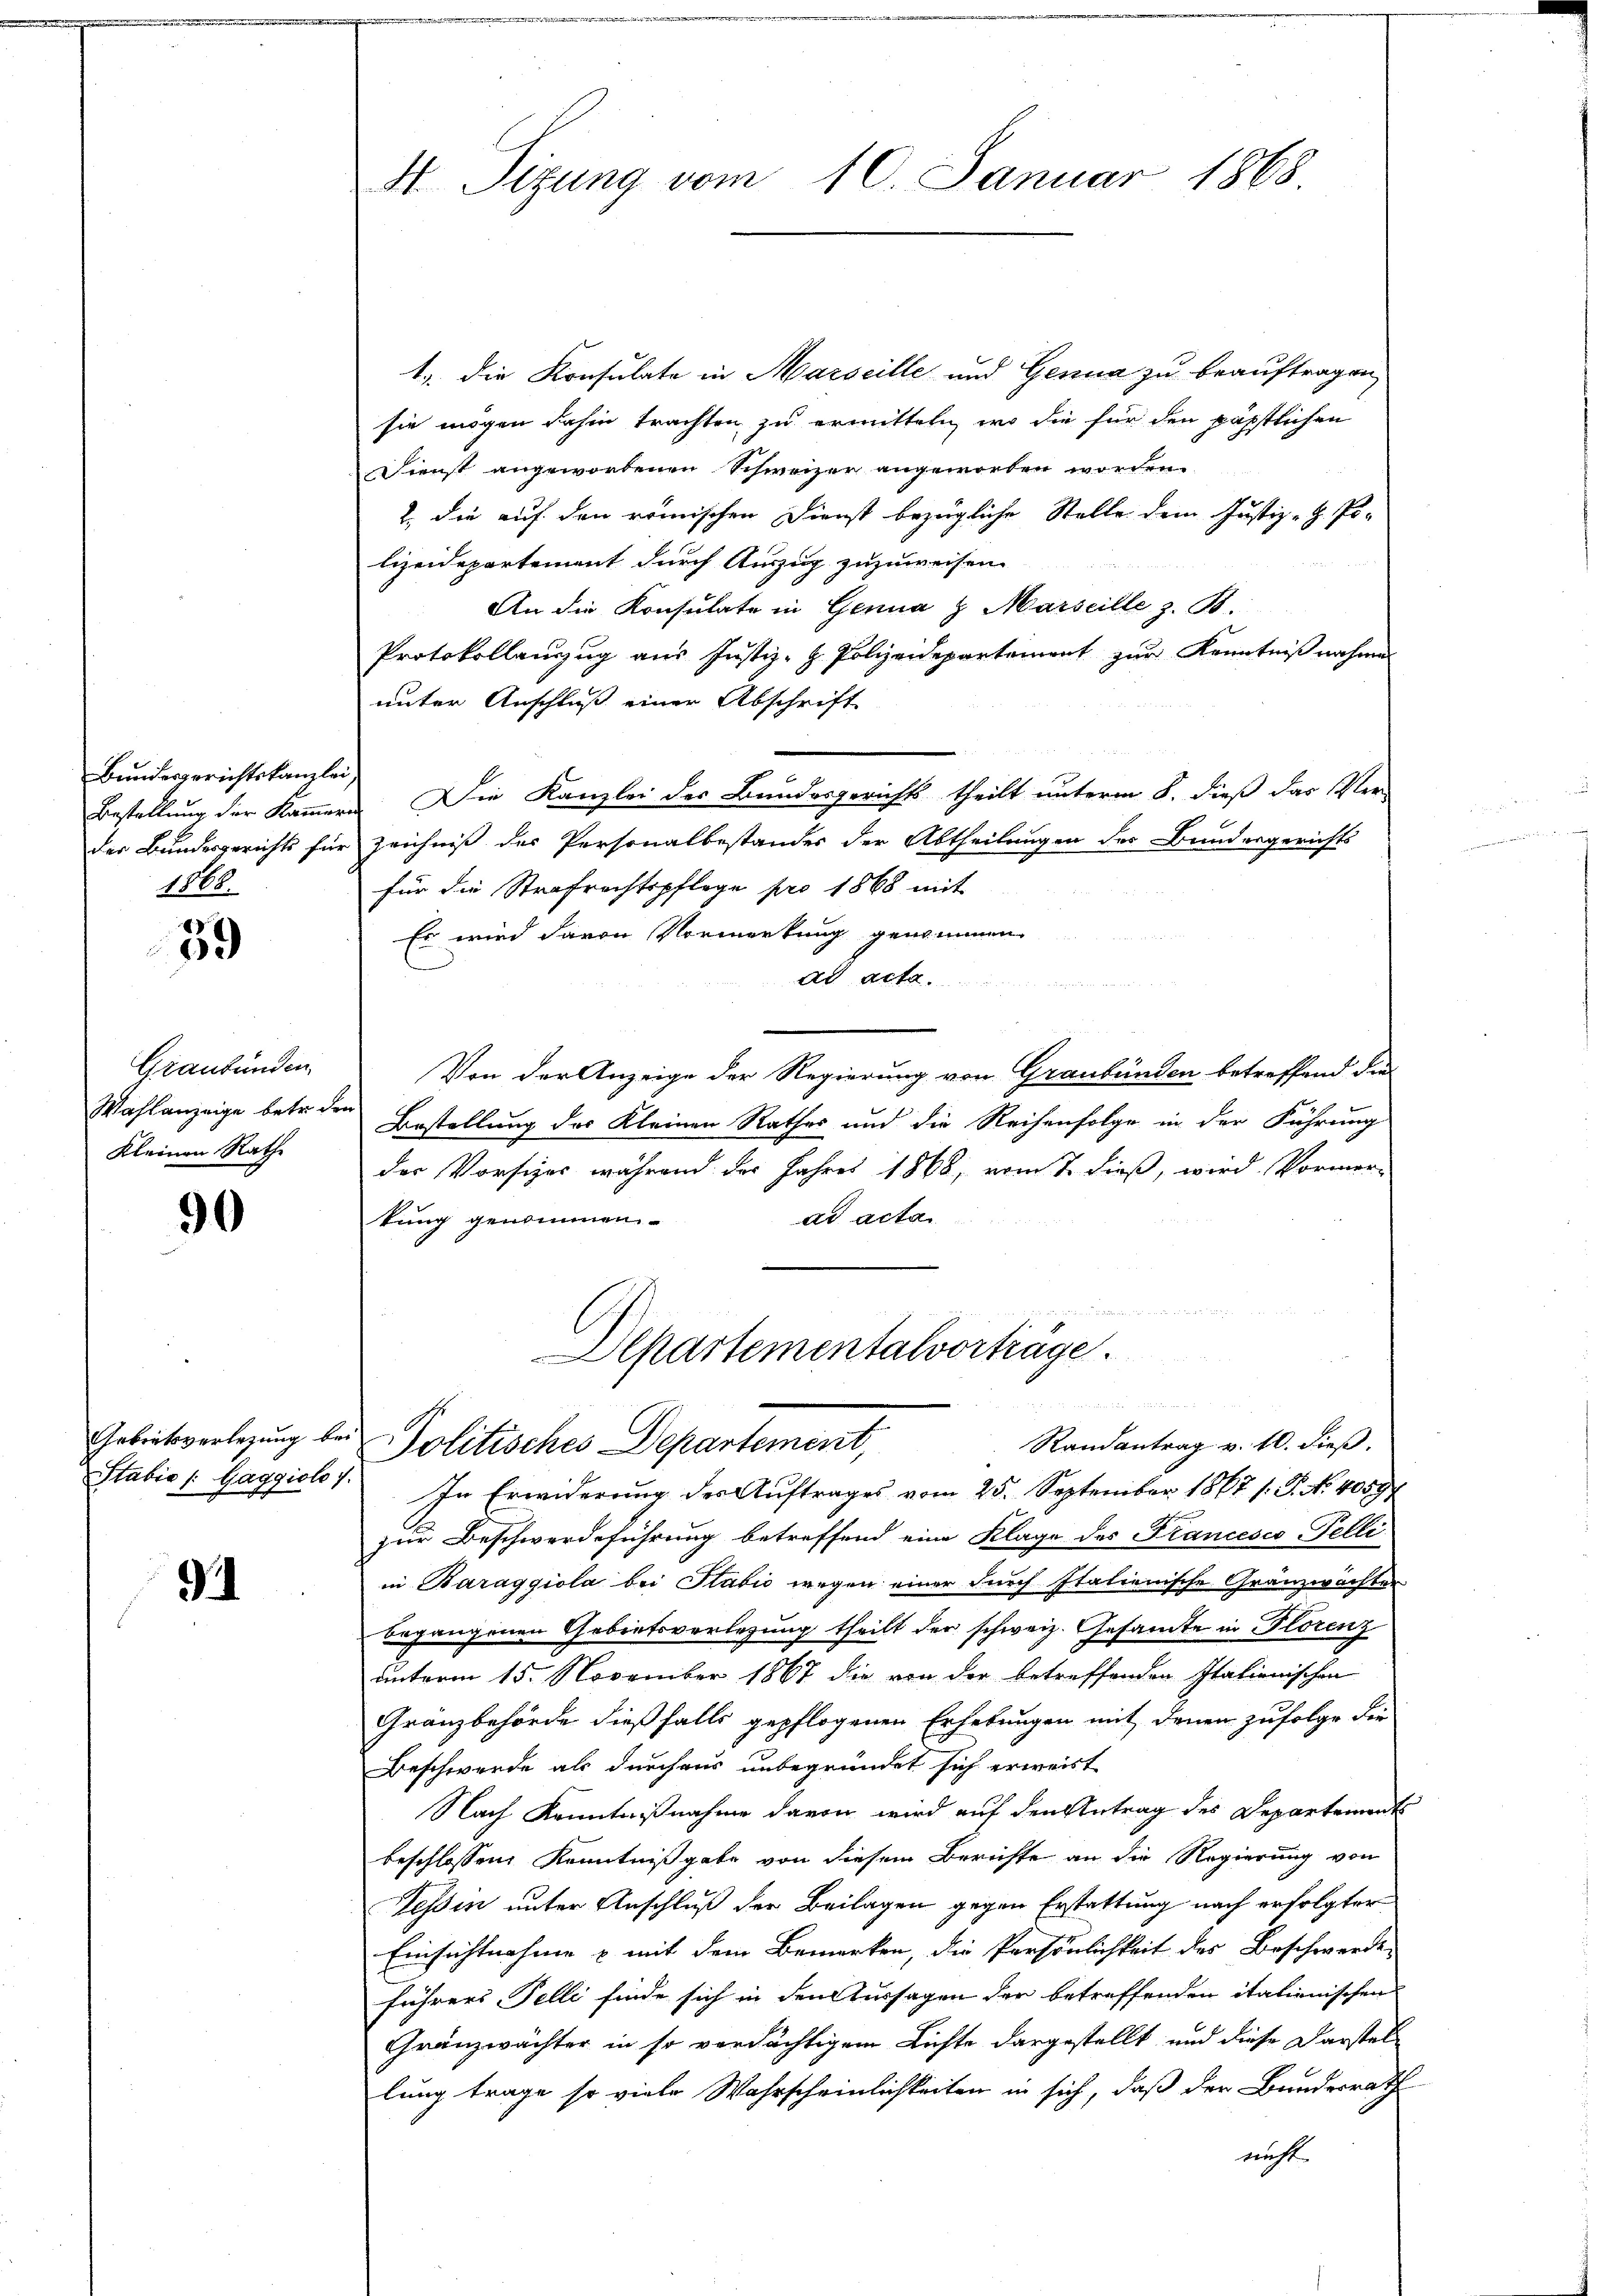
Bundesgerichtskanzlei,
Bestellung der Kammer
der Bundesgerichts für
1868.

39

Graubünden
Wahlanzeige betr. der
Kleinen Rathe

90

94

H Sizung vom 10. Januar 1868.

1., die Konsulate in Marseille und Genua zu beauftragen
sie mögen dahin trachten zu ermitteln, wo die für den päpstlichen
Dienst angeworbenen Schweizer angeworben worden
2., die auf den römischen Dienst bezügliche Stelle dem Justiz-H. Polizeidepartement durch Auszug zuzuweisen.
An die Konsulate in Genua & Marseille z. B.
Protokollauszug aus Justiz- & Polizeidepartement zur Kenntnißnahme
unter Anschluß einer Abschrift
ri. Die Kanzlei des Bundesgerichts theilt unterm 8. dieß das Ver-
Zeichniß des Personalbestandes der Abtheilungen des Bundesgerichts
für die Strafrechtspflege pro 1868 mit
Es wird davon Vormerkung genommen
ad acta.
u
Von der Anzeige der Regierung von Graubünden betreffend die
Bestellung des Kleinen Rathes und die Reihenfolge in der Führung
der Vorsizes während der Jahres 1868, vom 7. dieß, wird Vormer-
ad acta
kung genommen.
Departementalvorträge.
Gebietverlegung bei Politisches Departement,
Randantrag v. 10. dieß.
Stabie /: Gaggiolo 1. In Erwiderung der Auftrages vom 25. September 1867 s. S. Nr. 4000f
zur Beschwerdeführung betreffend eine Klage des Francescs-Telle
in Baraggiola bei Sabić wegen einer durch Italienische Gränzwächter
begangenen Gebietsverlesung theilt der schweiz. Gesamte in Florenz
unterm 15. November 1867 die von der betreffenden Italienischen
Gränzbehörde dießfalls gepflogenen Erhebungen mit denen zufolge der
Beschwerde als durchaus unbegründet sich erweist
Nach Kenntnißnahme davon wird auf den Antrag des Departements
beschlossen, Kenntnißgabe von diesem Berichte an die Regierung von
Tessin unter Anschluß der Beilagen gegen Erstattung nach erfolgter
Einsichtnahme & mit dem Bemerken, die Persönlichkeit des Beschwerde
führer Felli finde sich in den Aussagen der betreffenden italienischen
Gränzwächter in so verdächtigem Lichte dargestellt und diese Darstel
lung trage so viele Wahrscheinlichkeiten in sich, daß der Bundesrath
nicht